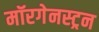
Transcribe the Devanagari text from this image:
मॉरगेनस्ट्रन